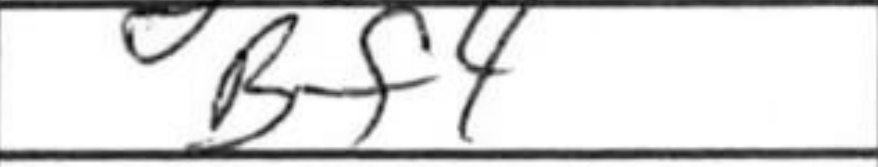
Transcription: Bf4